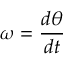
\omega = { \frac { d \theta } { d t } }